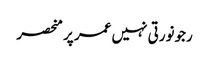
رجونورتی نہیں عمر پر منحصر